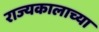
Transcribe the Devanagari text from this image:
राज्यकालाच्या